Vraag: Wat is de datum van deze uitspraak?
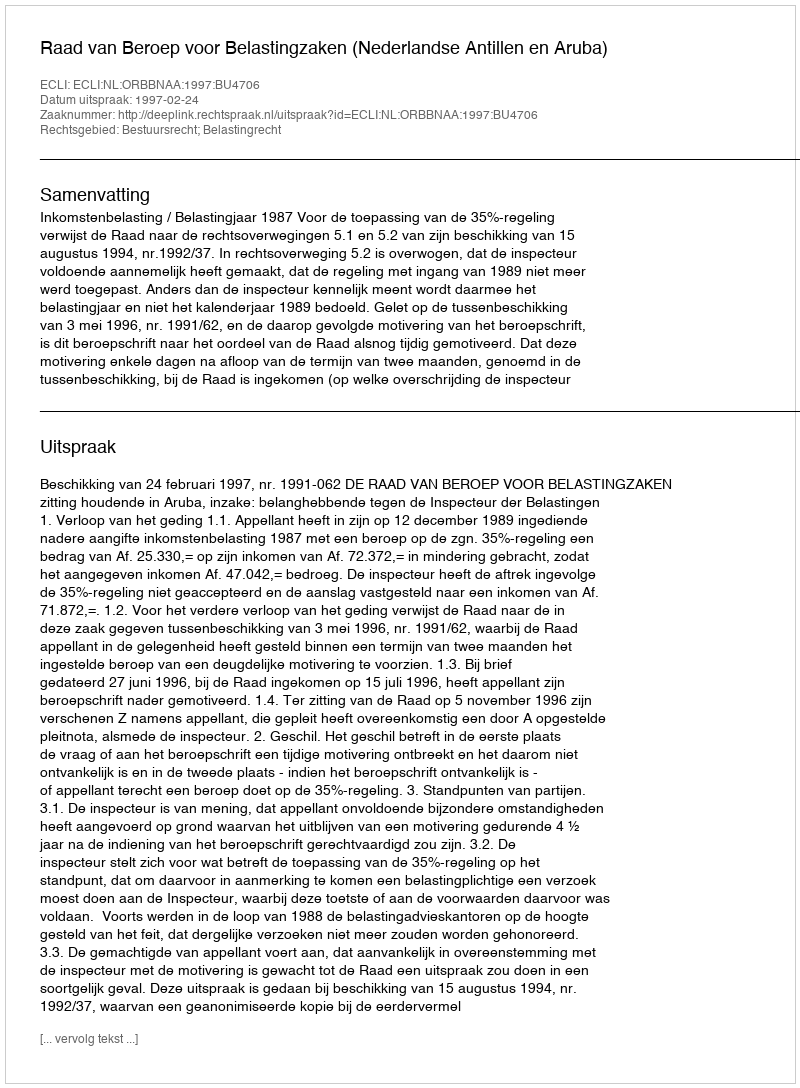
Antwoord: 1997-02-24